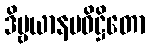
ဒိဗ္ဗယာနမဓိဋ္ဌိတော